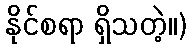
နိုင်စရာ ရှိသတဲ့။)